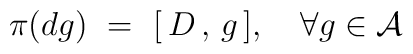
\pi(dg)\,\,=\,\,[\,D\,,\,g\,], \,\,\,\,\,\,\forall g \in {\cal A}